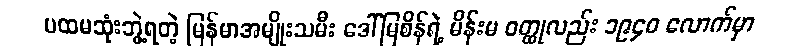
ပထမဆုံးဘွဲ့ရတဲ့ မြန်မာအမျိုးသမီး ဒေါ်မြစိန်ရဲ့ မိန်းမ ဝတ္ထုလည်း ၁၉၄၀ လောက်မှာ